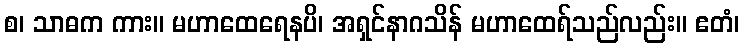
စ၊ သာဓက ကား။ မဟာထေရေနပိ၊ အရှင်နာဂသိန် မဟာထေရ်သည်လည်း။ ဧတံ၊